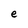
Character: e